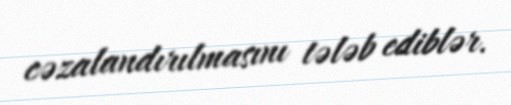
cəzalandırılmasını tələb ediblər.